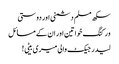
سکھ مسلم دشمنی اور دوستی
ورکنگ خواتین اور ان کے مسائل
لیدر جیکٹ والی میری بیٹی!